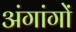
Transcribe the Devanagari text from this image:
अंगांगों